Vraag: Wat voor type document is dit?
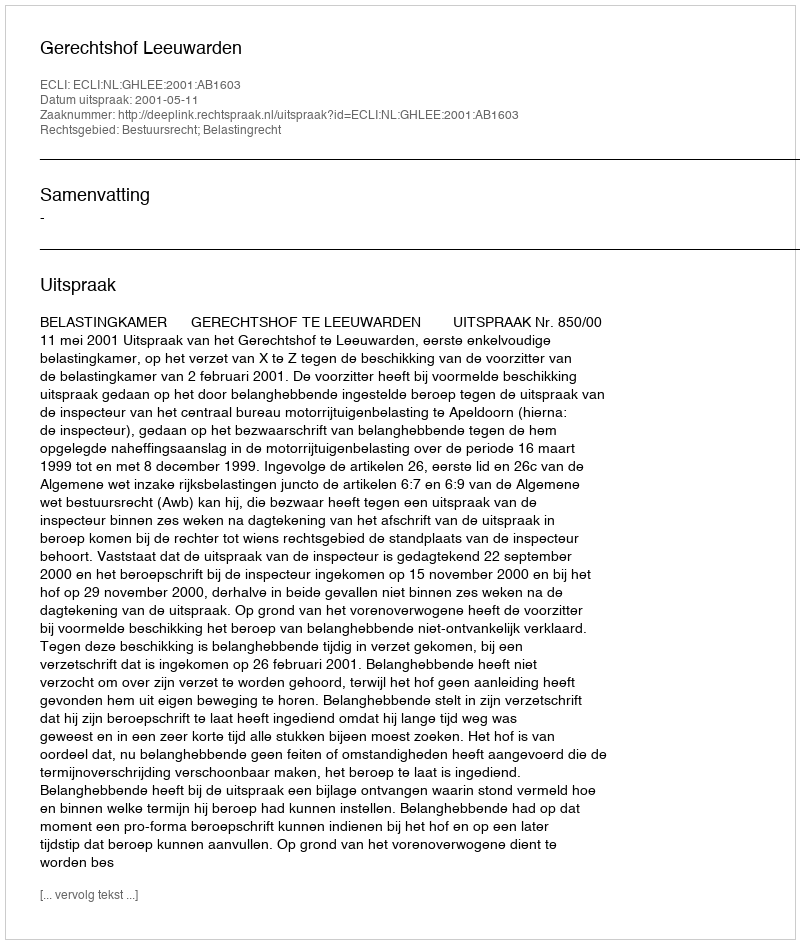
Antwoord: Uitspraak